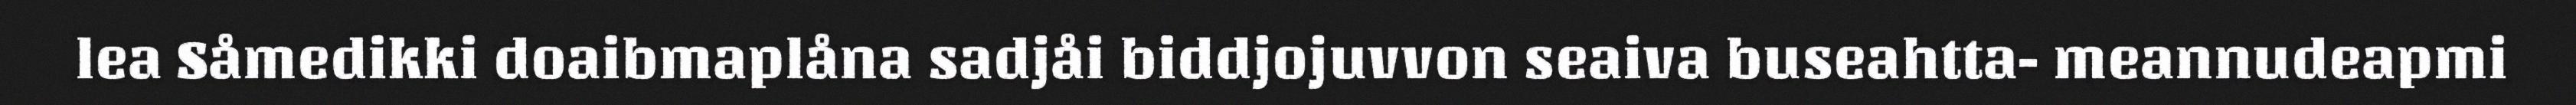
lea Såmedikki doaibmaplåna sadjåi biddjojuvvon seaiva buseahtta- meannudeapmi